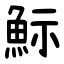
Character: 䱈